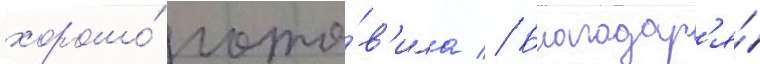
хорошо́ гото́в'ила // Благодар'я́